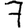
Digit: 7